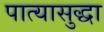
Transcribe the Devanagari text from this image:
पात्यासुद्धा